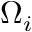
\Omega _ { i }